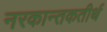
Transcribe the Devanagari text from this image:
नरकान्तकतीर्थ